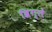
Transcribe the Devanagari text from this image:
व्रिग्ले